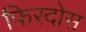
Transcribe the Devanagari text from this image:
फिरदोस